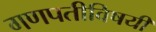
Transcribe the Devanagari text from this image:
गणपतीविषयी